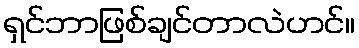
ရှင်ဘာဖြစ်ချင်တာလဲဟင်။